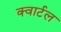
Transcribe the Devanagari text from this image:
क्वार्टल